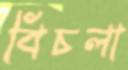
বিচলা